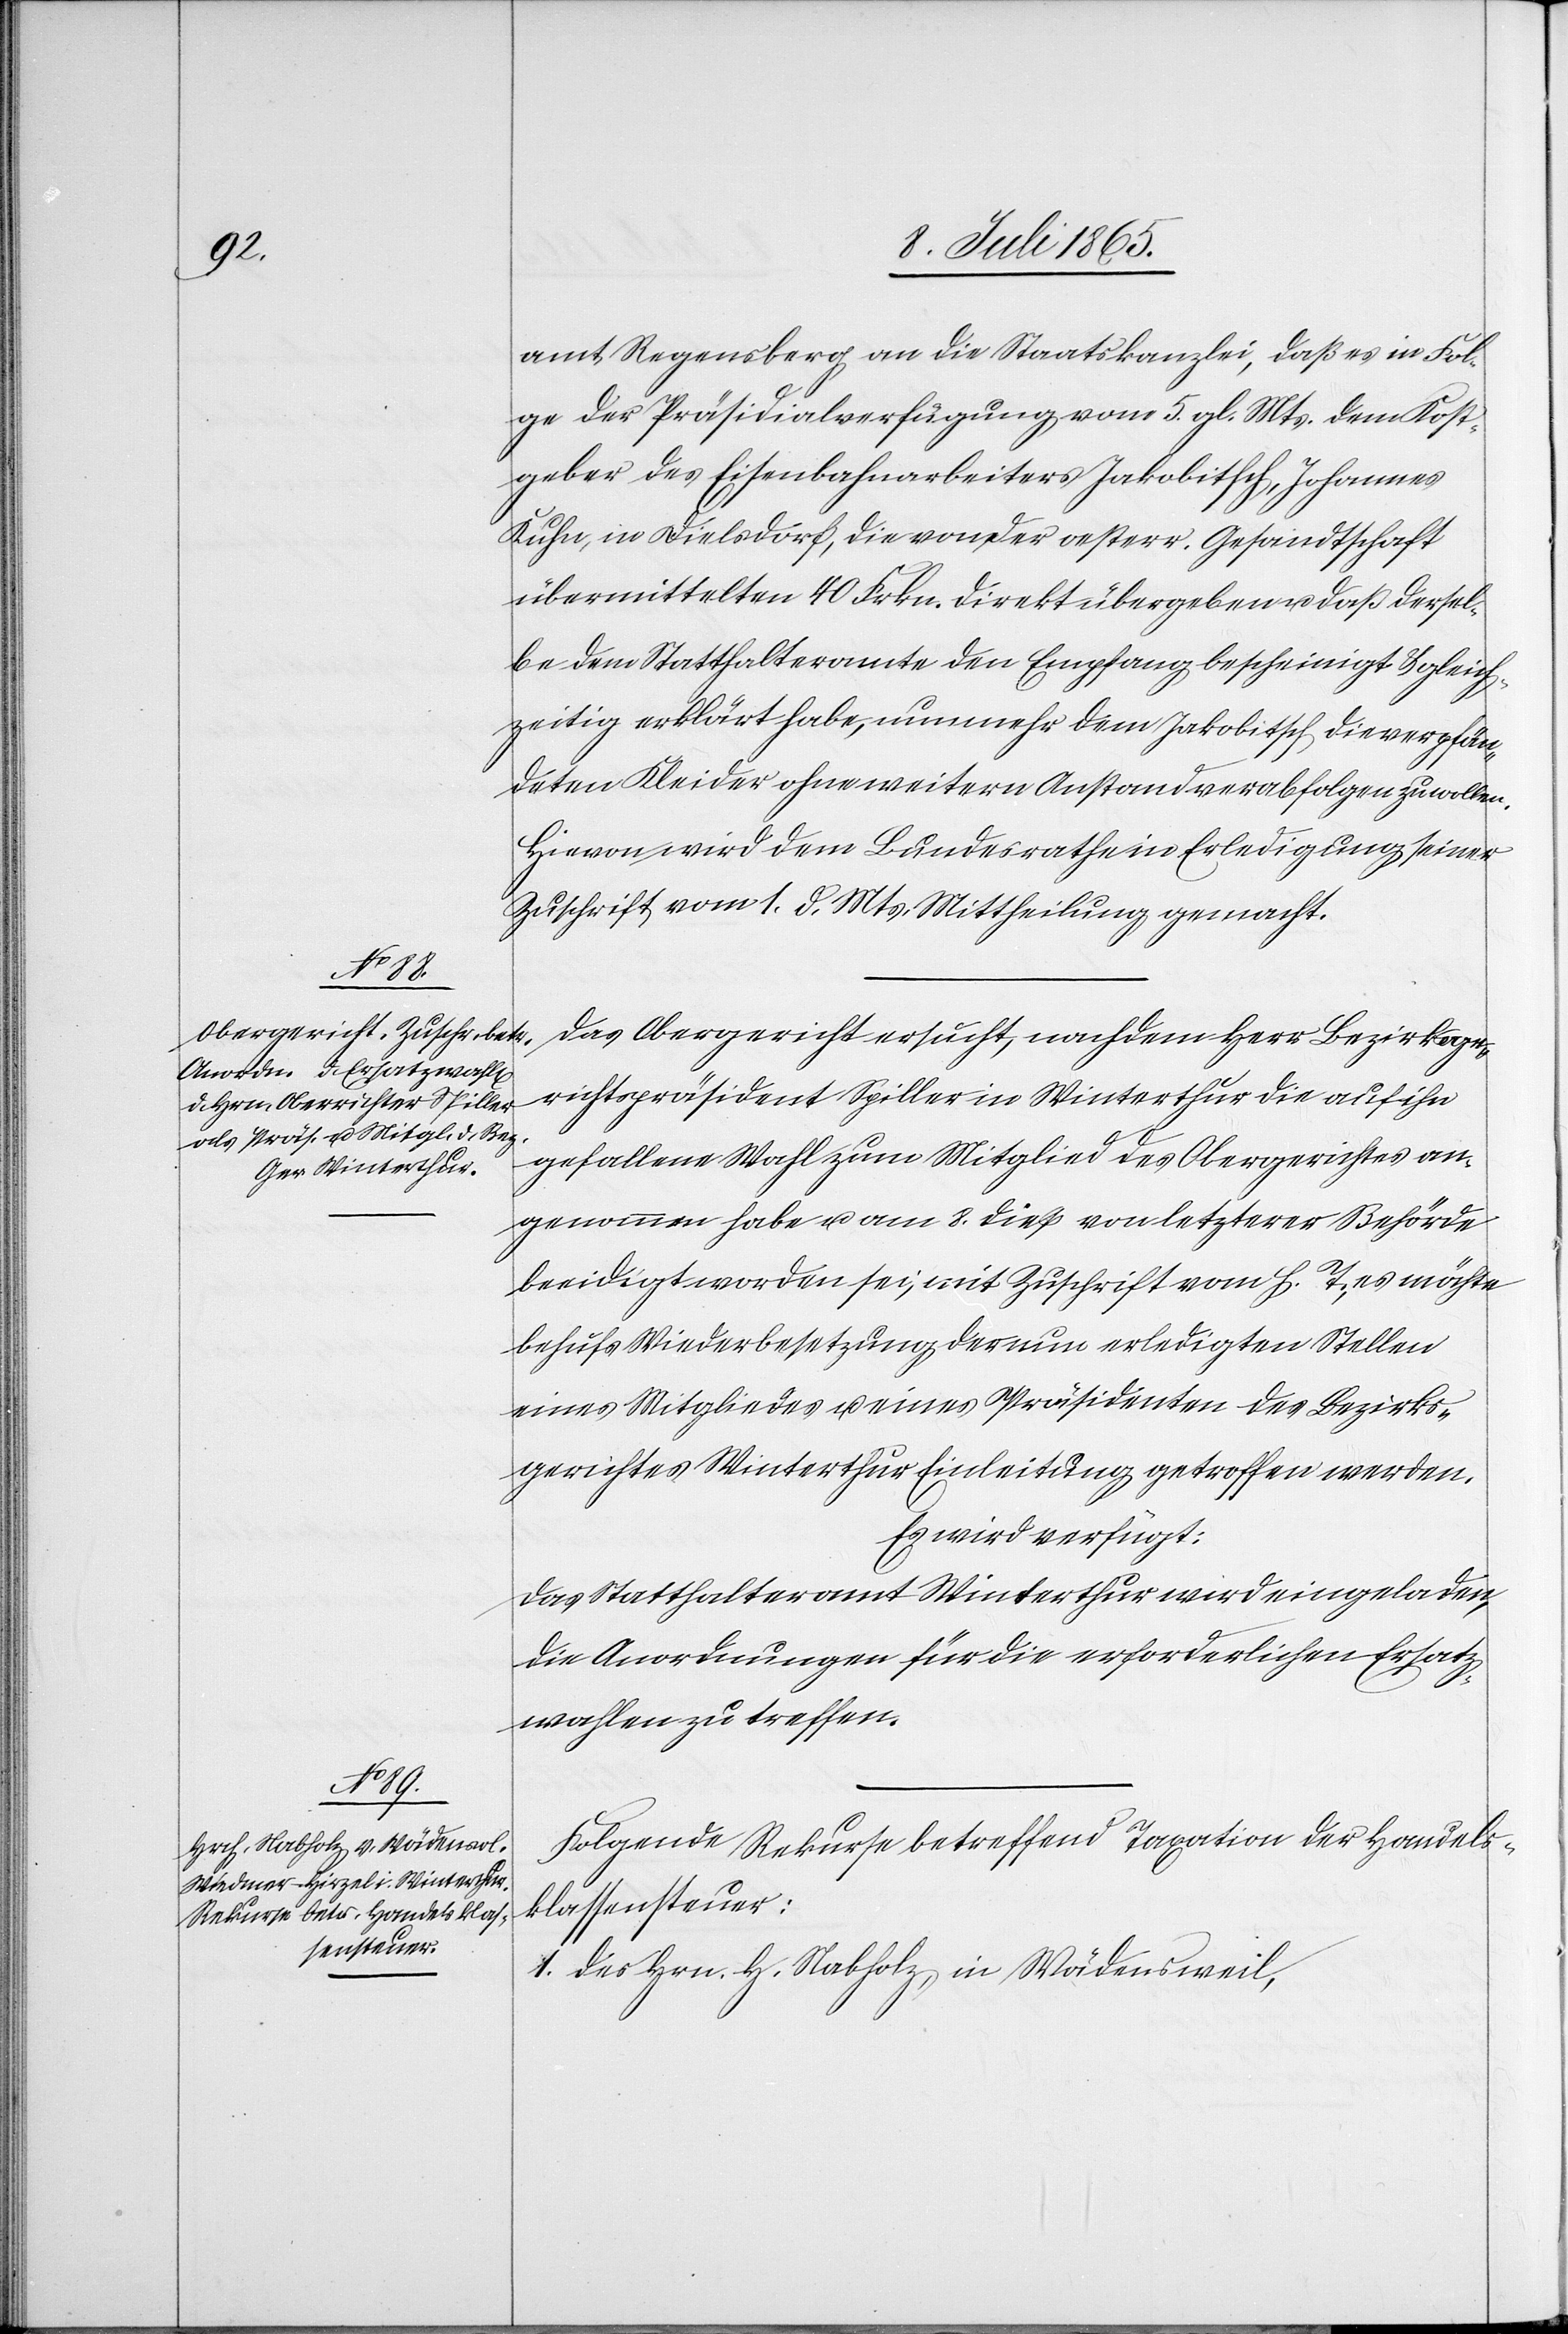
11. Juli 1865.]
amt Regensberg an die Staatskanzlei, daß es in Fol¬
ge der Präsidialverfügung vom 5. gl. Mts. dem Kost¬
geber des Eisenbahnarbeiters Jakobitsch, Johannes
Kuhn, in Dielsdorf, die von der oesterr. Gesandtschaft
übermittelten 40 Frkn. direkt übergeben u. daß dersel¬
be dem Statthalteramte den Empfang bescheinigt u. gleich¬
zeitig erklärt habe, nunmehr dem Jakobitsch die verpfän¬
deten Kleider ohne weitern Anstand verabfolgen zu wollen.
Hievon wird dem Bundesrathe in Erledigung seiner
Zuschrift vom 1. d. Mts. Mittheilung gemacht.
Das Obergericht ersucht, nachdem Herr Bezirksge¬
richtspräsident Spiller in Winterthur die auf ihn
gefallene Wahl zum Mitglied des Obergerichtes an¬
genommen habe u. am 8. dieß von letzterer Behörde
beeidigt worden sei, mit Zuschrift vom h. T., es möchte
behufs Wiederbesetzung der nun erledigten Stellen
eines Mitgliedes u. eines Präsidenten des Bezirks¬
gerichtes Winterthur Einleitung getroffen werden.
Es wird verfügt:
Das Statthalteramt Winterthur wird eingeladen,
die Anordnungen für die erforderlichen Ersatz¬
wahlen zu treffen.
Folgende Rekurse betreffend Taxation der Handels¬
klassensteuer:
1. des Hrn. H. Nabholz, in Wädensweil,